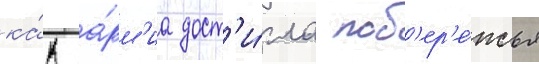
ка́к а́рм'иа дост'и́гла поб'ер'е́жья